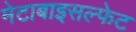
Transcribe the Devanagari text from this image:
मेटाबाइसल्फेट